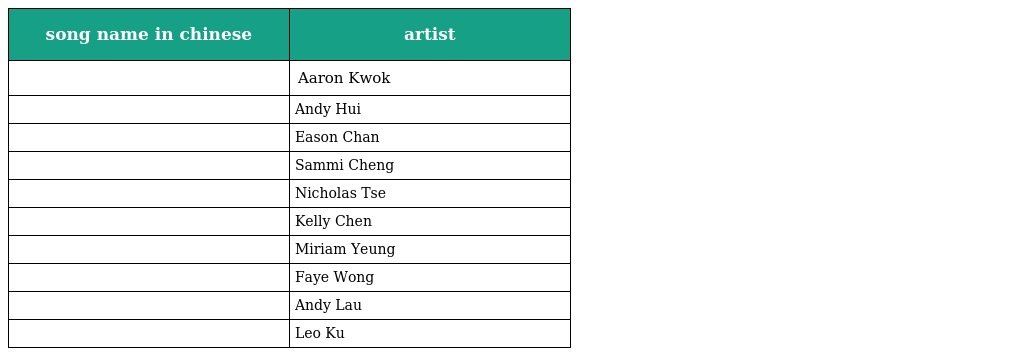
| song name in chinese | artist |
 | --- | --- |
 | 新的喝采 | Aaron Kwok |
 | 真心真意 | Andy Hui |
 | 幸福摩天輪 | Eason Chan |
 | 插曲 | Sammi Cheng |
 | 非走不可 | Nicholas Tse |
 | 對你太在乎 | Kelly Chen |
 | 抬起我的頭來 | Miriam Yeung |
 | 償還 | Faye Wong |
 | 心只有你 | Andy Lau |
 | 羅馬假期 | Leo Ku |